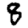
Digit: 8